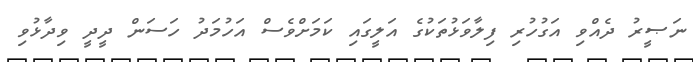
ނަޞީރު ދެއްވި އަގުހުރި ފިލާވަޅުތަކުގެ އަލީގައި ކަމަށްވެސް އަހުމަދު ހަސަން ދީދީ ވިދާޅުވި